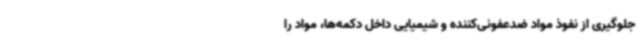
جلوگیری از نفوذ مواد ضدعفونی‌کننده و شیمیایی داخل دکمه‌ها، مواد را